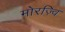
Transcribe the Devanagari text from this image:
मोरज़्वि